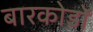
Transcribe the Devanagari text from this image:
बारकोडों